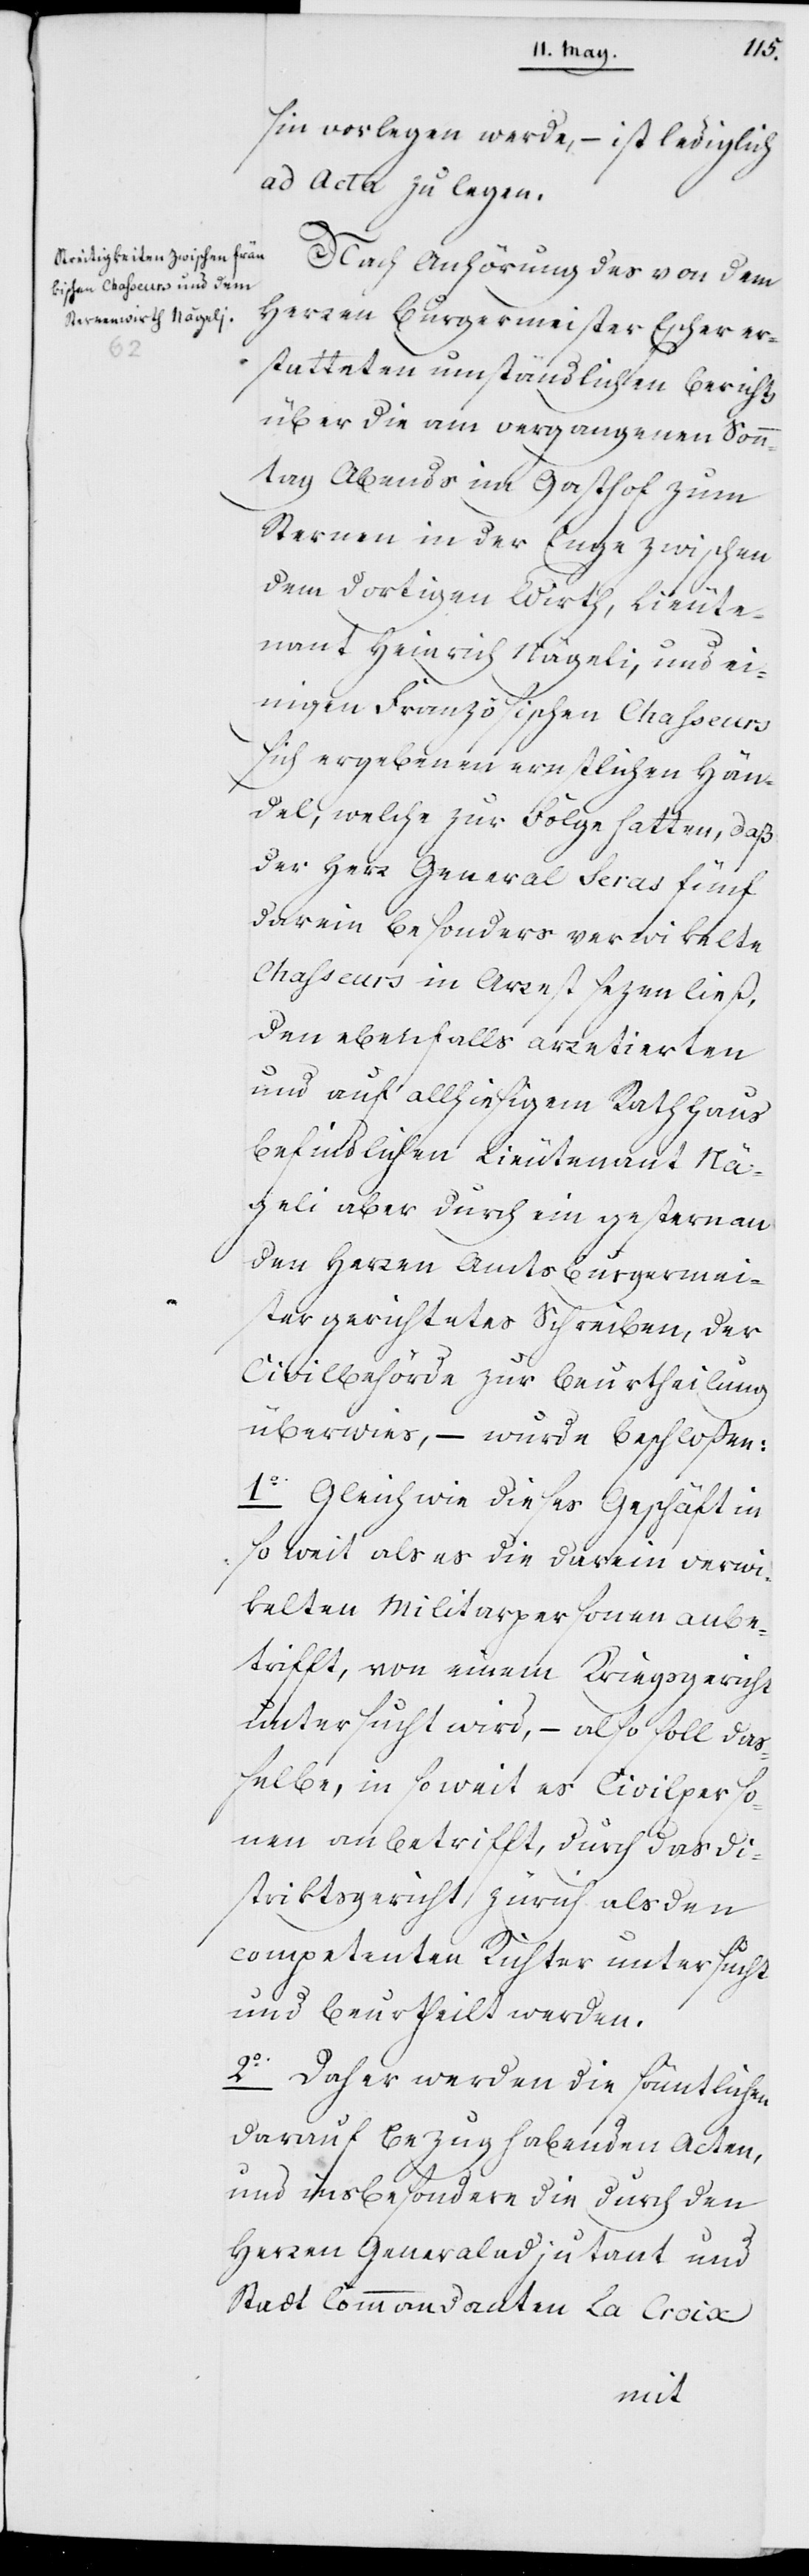
sin vorlegen werde, – ist lediglich
ad Acta zu legen.
Nach Anhörung des von dem
Herren Burgermeister Escher er¬
statteten umständlichen Berichts
über die am vergangenen Sonn¬
tag Abends im Gasthof zum
Sternen in der Enge zwischen
dem dortigen Wirth, Lieute¬
nant Heinrich Nägeli [sic!], und ei¬
nigen französischen Chasseurs
sich ergebenen ernstlichen Hän¬
del, welche zur Folge hatten, daß
der Herr General Seras fünf
darein besonders verwikelte
Chasseurs in Arrest setzen ließ,
den ebenfalls arretierten
und auf allhiesigem Rathhaus
befindlichen Lieutenant Nä¬
geli aber durch ein gestern an
den Herren Amtsburgermeis¬
ter gerichtetes Schreiben, der
Civilbehörde zur Beurtheilung
überwies, – wurde beschloßen:
1o Gleich wie dieses Geschäft in
so weit als es die darein verwi¬
kelten Militarpersonen anbe¬
trifft, von einem Kriegsgericht
untersucht wird, – also soll daß¬
elbe, in soweit es Civilperso¬
nen anbetrifft, durch das Di¬
striktsgericht Zürich als den
competenten Richter untersucht
und beurtheilt werden.
2o Daher werden die sämtlichen
darauf Bezug habenden Acten,
und insbesondere die durch den
Herren General-Adjutant und
Stadt Commandanten La Croix